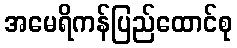
အမေရိကန်ပြည်ထောင်စု